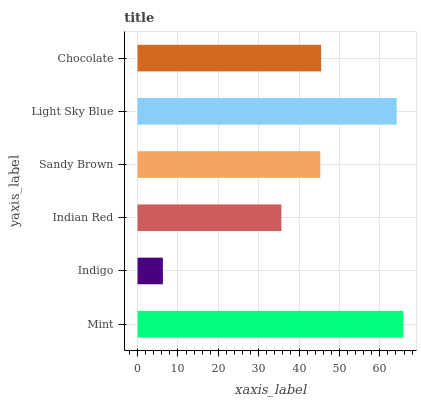
| yaxis_label | bars |
 | --- | --- |
 | Mint | 65.8 |
 | Indigo | 6.27 |
 | Indian Red | 35.6 |
 | Sandy Brown | 45.3 |
 | Light Sky Blue | 64.2 |
 | Chocolate | 45.5 |